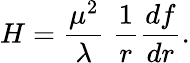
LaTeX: H={\frac{\mu^{2}}{\lambda}}\; {\frac{1}{r}}{\frac{df}{dr}}.